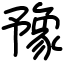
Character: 豫